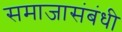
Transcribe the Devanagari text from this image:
समाजासंबंधी